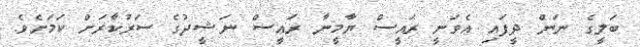
ބަލީގެ ނަން ދީފައި އެވަނީ ރައީސް ޔާމީނާ ރައީސް ނަޝީދުގެ ސަރުކާރަށް ކަމަށެވެ.